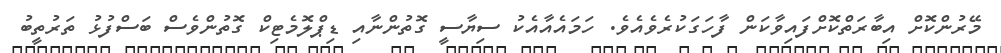
މޭރުންކޮށް އިބާރަތްކޮށްފައިވާކަން ފާހަގަކުރެވެއެވެ. ހަމައެއާއެކު ސިޔާސީ ގޮތުންނާއި ޑިޕްލޮމެޓިކް ގޮތުންވެސް ބަސްފުޅު ތަރުތީބު